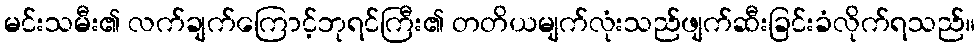
မင်းသမီး၏ လက်ချက်ကြောင့်ဘုရင်ကြီး၏ တတိယမျက်လုံးသည်ဖျက်ဆီးခြင်းခံလိုက်ရသည်။